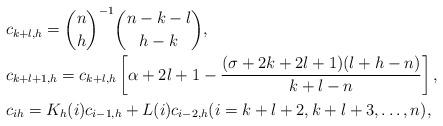
LaTeX: \begin{align*}&c_{k+l,h} = \binom{n}{h}^{-1}\binom{n-k-l}{h-k},\\&c_{k+l+1,h} = c_{k+l,h}\left[\alpha+2l+1-\frac{(\sigma+2k+2l+1)(l+h-n)}{k+l-n}\right],\\&c_{ih} = K_{h}(i)c_{i-1,h} + L(i)c_{i-2,h} (i=k+l+2,k+l+3,\ldots,n),\end{align*}